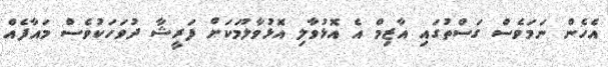
އެހެން ނަމަވެސް ގަސްތުގައި އާޒިމް އެ އޮޅުވާލި އޮޅުވާލުމަކަށް ފަރީޝާ ދުވަހަކުވެސް މައާފެއް